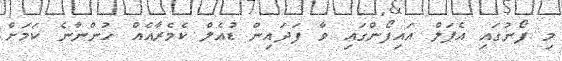
މި ފޯނުގައި އެޕަލް އައިފޯންގައި ވާ ފަދައިން ޑުއެލް ކެމެރާއެއް ހުންނާނެ ކަމަށް